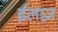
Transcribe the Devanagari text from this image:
ईलाज़